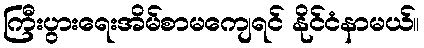
ကြီးပွားရေးအိမ်စာမကျေရင် နိုင်ငံနာမယ်။